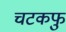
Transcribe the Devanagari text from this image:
चटकफु